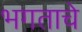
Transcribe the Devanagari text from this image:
भगताचे